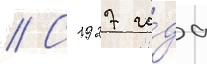
// С 1927 го́да